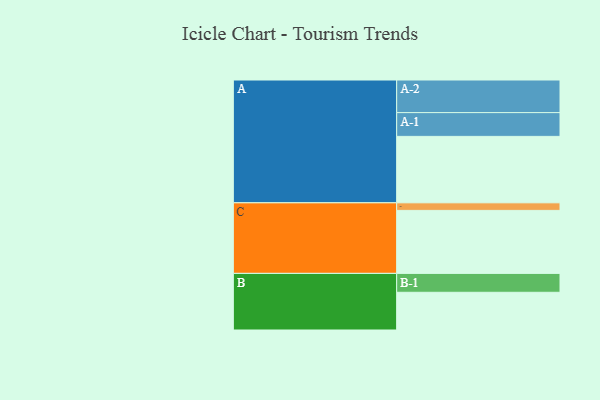
{"axis": {"x": "Segment", "y": "Value"}, "legend": ["", "A", "B", "C"], "data": [{"x": "A", "y": 562, "type": ""}, {"x": "B", "y": 319, "type": ""}, {"x": "C", "y": 533, "type": ""}, {"x": "A-1", "y": 201, "type": "A"}, {"x": "A-2", "y": 276, "type": "A"}, {"x": "B-1", "y": 160, "type": "B"}, {"x": "C-1", "y": 64, "type": "C"}]}